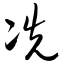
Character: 冼